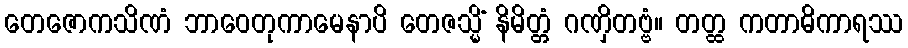
တေဇောကသိဏံ ဘာဝေတုကာမေနာပိ တေဇသ္မိံ နိမိတ္တံ ဂဏှိတဗ္ဗံ။ တတ္ထ ကတာဓိကာရဿ